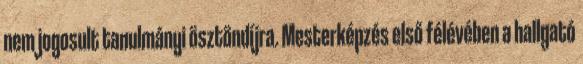
nem jogosult tanulmányi ösztöndíjra. Mesterképzés első félévében a hallgató